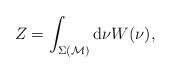
LaTeX: \begin{align*}Z = \int_{\Sigma({\cal M})} {\rm d} \nu W (\nu),\end{align*}